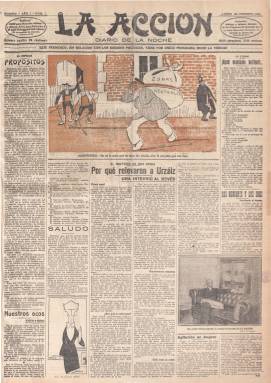
Título: La Acción (Madrid. 1916)
Colección: Periódicos
Ámbito geográfico: Madrid
Lugar de publicación: Madrid
Fechas: 28/02/1916-21/05/1924

Bajo su cabecera aparece la leyenda “este periódico, sin relación con los gremios políticos, tiene por único programa decir la verdad”, en su artículo de presentación expresa que la publicación nace “monárquica, católica y con alto sentido patriótico” y, en concreto, será un diario vespertino (excepto los domingos) adscrito al radicalismo conservador maurista, que nada más ser fundado por quien será su director, el diputado maurista Manuel Delgado Barreto, entra en directa competencia con La Tribuna (1912), momento este en que este periódico abandonará su afiliación maurista.

Es un rotativo de información general, que publica diariamente una viñeta política en su primera plana obra de Areuges, con artículos y noticias de política nacional e internacional, crónicas de sociedad, literatura, deportes y toros y revista de prensa, así como anuncios comerciales en su última página. Utilizará también la información gráfica a través de fotografías.

Periódico germanófilo, especializado en el libelo y la difamación política, que a partir de 1919 asumirá con beneplácito el ascenso del fascismo italiano y que intentará ser el diario oficial de la Dictadura de Primo de Rivera a la que había venido apelando.

Entre sus redactores se encuentran Buenaventura L. Vidal, Alberto de Segovia, Francisco Viu y Antonio de Miguel, entre otros. Y en la nómina de colaboradores aparecen Gabriel Maura Gamazo, Jacinto Benavente, Julio Casares, Ricardo León y Antonio Goicoechea. Delgado Barreto escribe sus artículos bajo la firma de su seudónimo: ‘El Duque G.’.

Desaparece el 21 de mayo de 1924 por problemas económicos y un año después Delgado Barreto pasará a dirigir La nación, periódico que nace como órgano oficioso de la dictadura, y al que pasarán también la mayor parte de los redactores y colabores de La acción.